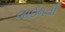
લાઈનની